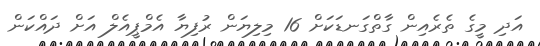
އަދި މީގެ ތެރެއިން ގާތްގަނޑަކަށް 16 މިލިޔަން ރުފިޔާ އެމްޕީއެލް އަށް ދައްކަން